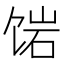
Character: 𬲿